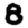
Digit: 8